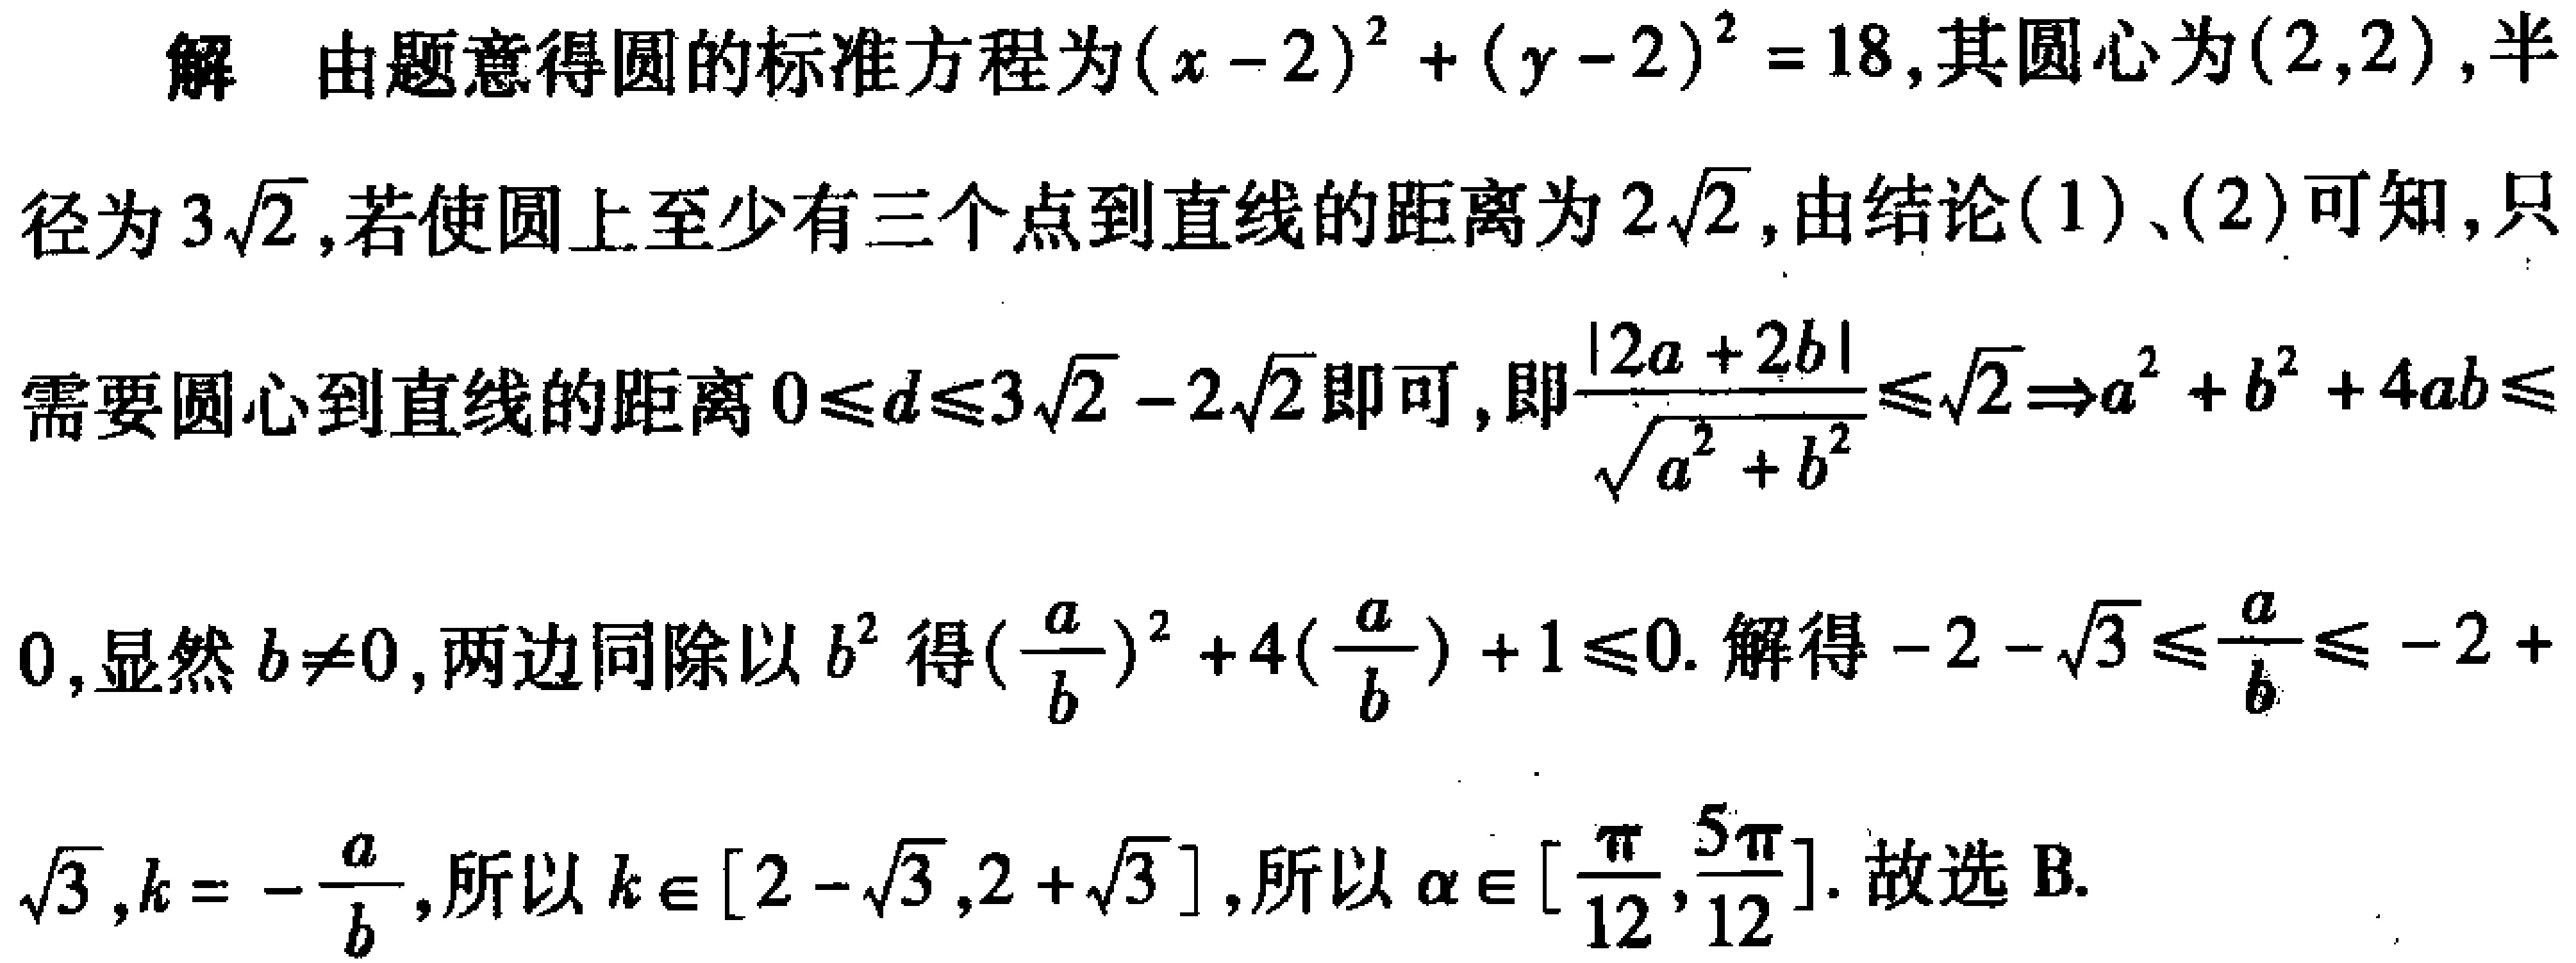
解 由题意得圆的标准方程为\((x - 2)^2 + (y - 2)^2 = 18\),其圆心为\((2,2)\),半径为\(3\sqrt{2}\),若使圆上至少有三个点到直线的距离为\(2\sqrt{2}\),由结论(1)、(2)可知,只需要圆心到直线的距离\(0\leq d\leq3\sqrt{2} - 2\sqrt{2}\)即可,即\(\frac{|2a + 2b|}{\sqrt{a^2 + b^2}}\leq\sqrt{2}\Rightarrow a^2 + b^2 + 4ab\leq0\),显然\(b\neq0\),两边同除以\(b^2\)得\((\frac{a}{b})^2 + 4(\frac{a}{b}) + 1\leq0\). 解得\(-2 - \sqrt{3}\leq\frac{a}{b}\leq -2 +\sqrt{3}\),\(k = -\frac{a}{b}\),所以\(k\in[2 - \sqrt{3},2 + \sqrt{3}]\),所以\(\alpha\in[\frac{\pi}{12},\frac{5\pi}{12}]\). 故选 B.